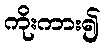
ကိုးကား၍